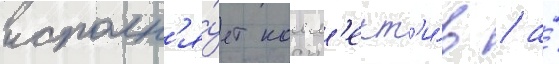
исполн'я́ет колл'ект'и́в / а́